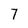
Character: 7